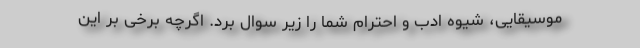
موسیقایی، شیوه ادب و احترام شما را زیر سوال برد. اگرچه برخی بر این